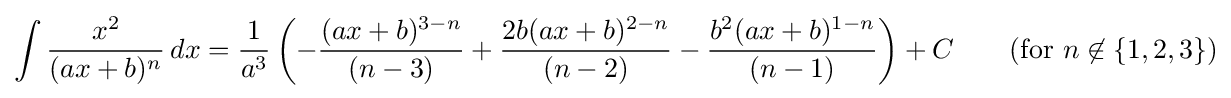
\int {\frac {x^{2}}{(ax+b)^{n}}}\,dx={\frac {1}{a^{3}}}\left(-{\frac {(ax+b)^{3-n}}{(n-3)}}+{\frac {2b(ax+b)^{2-n}}{(n-2)}}-{\frac {b^{2}(ax+b)^{1-n}}{(n-1)}}\right)+C\qquad {\text{(for }}n\not \in \{1,2,3\}{\mbox{)}}